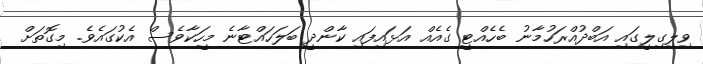
ވިލިގިލީގައި އަބްދުއްރަހުމާނު ބެހެއްޓީ ގެއެއް އަޅައިފައި ކާންދީ ބަލަހައްޓާނެ މީހަކާވެސް އެކުގައެވެ. މިގޮތަށް